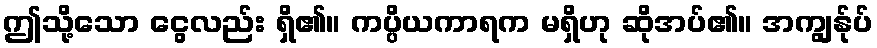
ဤသို့သော ငွေလည်း ရှိ၏။ ကပ္ပိယကာရက မရှိဟု ဆိုအပ်၏။ အကျွန်ုပ်